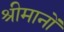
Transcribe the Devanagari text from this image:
श्रीमानों